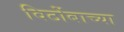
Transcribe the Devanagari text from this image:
विठोंबाच्या